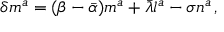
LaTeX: \delta m ^ { a } = ( \beta - { \bar { \alpha } } ) m ^ { a } + { \bar { \lambda } } l ^ { a } - \sigma n ^ { a } \, ,